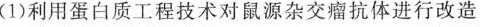
(1)利用蛋白质工程技术对鼠源杂交瘤抗体进行改造